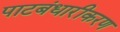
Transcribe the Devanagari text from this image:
पाटबंधारीकरण